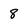
Character: 8